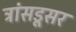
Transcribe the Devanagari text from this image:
ट्रांसडूसर